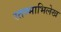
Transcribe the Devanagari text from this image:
स्तम्भाभिलेख